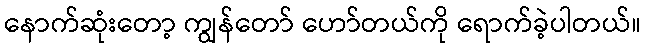
နောက်ဆုံးတော့ ကျွန်တော် ဟော်တယ်ကို ရောက်ခဲ့ပါတယ်။